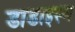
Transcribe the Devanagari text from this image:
डाडाइस्म